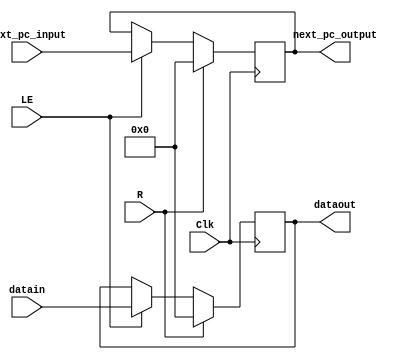
//Pipelined Register IF/ID
module Pipelined_Register_IF_ID_F4(output reg [31:0] dataout, next_pc_output, input [31:0] datain, next_pc_input, input Clk, R, LE);

    always@(posedge Clk) 
    if (R) begin
            dataout <= 32'b00000000000000000000000000000000;
            next_pc_output <= 32'b00000000000000000000000000000000;
        end
        else if(LE) begin
            dataout <= datain;
            next_pc_output <= next_pc_input;
        end
endmodule

//Pipelined Register ID/EX
module Pipelined_Register_ID_EX_F4(
    output reg [31:0] mux_up_output,
                      mux_center_output,
                      mux_down_output,
    output reg [11:0] I_11_0_output,
    output reg [3:0] EX_ALU_op_out,
                     I_15_12_output,
    output reg [2:0] EX_27_25_output,
    output reg [1:0] EX_size_out,
    output reg EX_shift_imm_out, 
           EX_load_instr_out, 
           EX_RF_enable_out,
           EX_R_W_out,
           EX_EN_MEM_out,
           EX_ALU_flags_out, 
    input [31:0] mux_up_input,
                 mux_center_input,
                 mux_down_input,
    input [11:0] I_11_0_input,
    input [3:0] ID_ALU_op_in,
                I_15_12_input,
    input [2:0] ID_27_25_input,
    input [1:0] ID_size_in,
    input ID_shift_imm_in, 
          ID_load_instr_in, 
          ID_RF_enable_in,
          ID_R_W_in,
          ID_EN_MEM_in,
          ID_ALU_flags_in, 
          ID_EX_Clk, 
          ID_EX_R);

    always@(posedge ID_EX_Clk) begin

    if(ID_EX_R) begin
        mux_up_output <= 32'b00000000000000000000000000000000;
        mux_center_output <= 32'b00000000000000000000000000000000;
        mux_down_output <= 32'b00000000000000000000000000000000;
        I_11_0_output <= 12'b000000000000;
        I_15_12_output <= 4'b0000;
        EX_27_25_output <= 4'b0000;
        EX_ALU_op_out <= 4'b0000;
        EX_shift_imm_out <= 1'b0; 
        EX_load_instr_out <= 1'b0;
        EX_RF_enable_out <= 1'b0;
        EX_size_out <= 2'b00;
        EX_R_W_out <= 1'b0;
        EX_EN_MEM_out <= 1'b0;
        EX_ALU_flags_out <= 1'b0;
        end
    else begin
        mux_up_output <=mux_up_input;
        mux_center_output <= mux_center_input;
        mux_down_output <= mux_down_input;
        I_11_0_output <= I_11_0_input;
        I_15_12_output <= I_15_12_input;
        EX_27_25_output <= ID_27_25_input;
        EX_ALU_op_out <= ID_ALU_op_in;
        EX_shift_imm_out <= ID_shift_imm_in; 
        EX_load_instr_out <= ID_load_instr_in;
        EX_RF_enable_out <= ID_RF_enable_in;
        EX_size_out <= ID_size_in;
        EX_R_W_out <= ID_R_W_in;
        EX_EN_MEM_out <= ID_EN_MEM_in;
        EX_ALU_flags_out <= ID_ALU_flags_in;
        end
    end
endmodule

//Pipelined Register EX/MEM
module Pipelined_Register_EX_MEM_F4(
    output reg[31:0] MEM_mux_down_output,
                     MEM_ALU_out_output,
    output reg[3:0] MEM_I15_12_output,
    output reg[1:0] MEM_size_out,
    output reg MEM_load_instr_out, 
           MEM_RW_out,
           MEM_RF_enable_out, 
           MEM_EN_MEM_out,
    input [31:0] EX_mux_down_input,
                 MEM_ALU_out_input,
    input [3:0] EX_I15_12_input,
    input [1:0] EX_size_in,
    input  EX_load_instr_in,
           EX_RW_in, 
           EX_RF_enable_in, 
           EX_EN_MEM_in,
           Clk, 
           R);

    always@(posedge Clk) begin

        if(R) begin
            MEM_mux_down_output <= 32'b00000000000000000000000000000000;
            MEM_ALU_out_output <= 32'b00000000000000000000000000000000;
            MEM_I15_12_output <= 4'b0000;
            MEM_load_instr_out <= 1'b0;
            MEM_RF_enable_out <= 1'b0;
            MEM_size_out <= 2'b00;
            MEM_EN_MEM_out <= 1'b0;
            MEM_RW_out <= 1'b0;
        end
        else begin
            MEM_mux_down_output <= EX_mux_down_input;
            MEM_ALU_out_output <= MEM_ALU_out_input;
            MEM_I15_12_output <= EX_I15_12_input;
            MEM_load_instr_out <= EX_load_instr_in;
            MEM_RF_enable_out <= EX_RF_enable_in;
            MEM_size_out <= EX_size_in;
            MEM_EN_MEM_out <= EX_EN_MEM_in;
            MEM_RW_out <= EX_RW_in;
        end
    end
endmodule

//Pipelined Register MEM/WB
module Pipelined_Register_MEM_WB_F4(
    output reg[31:0] Mem_output_data_mem_out,
                     MEM_out_ALU_output,
    output reg[3:0] MEM_I_15_12_output,
    output reg WB_load_instr_out, 
           WB_RF_enable_out, 
    input [31:0] Mem_input_data_mem_out,
                 Mem_in_address,
    input [3:0] MEM_I_15_12_input,
    input  MEM_load_instr_in, 
           MEM_RF_enable_in, 
           MEM_WB_Clk, 
           MEM_WB_R);

    always@(posedge MEM_WB_Clk) begin

        if(MEM_WB_R) begin
                Mem_output_data_mem_out <= 32'b00000000000000000000000000000000;
                MEM_out_ALU_output <= 32'b00000000000000000000000000000000;
                MEM_I_15_12_output <= 4'b0000;
                WB_load_instr_out <= 1'b0;
                WB_RF_enable_out <= 1'b0;
            end
        else
            begin
                Mem_output_data_mem_out <= Mem_input_data_mem_out;
                MEM_out_ALU_output <= Mem_in_address;
                MEM_I_15_12_output <= MEM_I_15_12_input;
                WB_load_instr_out <= MEM_load_instr_in;
                WB_RF_enable_out <= MEM_RF_enable_in;
            end
    end
endmodule


//PIPELINED REGISTERS FOR FASE 3
// Pipelined Register IF/ID
module Pipelined_Register_IF_ID_F3(output reg [31:0] dataout, input [31:0] datain, input IF_ID_Clk, IF_ID_R);

    always@(posedge IF_ID_Clk) 
        if (IF_ID_R) 
            dataout <= 32'b00000000000000000000000000000000;
        else 
            dataout <= datain;
endmodule

//Pipelined Register ID/EX
module Pipelined_Register_ID_EX_F3(
    output reg [3:0] EX_ALU_op_out, 
    output reg [1:0] EX_size_out,
    output reg EX_shift_imm_out, 
           EX_load_instr_out, 
           EX_RF_enable_out,
           EX_R_W_out,
           EX_EN_MEM_out,
           EX_ALU_flags_out, 
    input [3:0] ID_ALU_op_in,
    input [1:0] ID_size_in,
    input ID_shift_imm_in, 
          ID_load_instr_in, 
          ID_RF_enable_in,
          ID_R_W_in,
          ID_EN_MEM_in,
          ID_ALU_flags_in, 
          ID_EX_Clk, 
          ID_EX_R);

    always@(posedge ID_EX_Clk) begin

    if(ID_EX_R) begin
        EX_ALU_op_out <= 4'b0000;
        EX_shift_imm_out <= 1'b0; 
        EX_load_instr_out <= 1'b0;
        EX_RF_enable_out <= 1'b0;
        EX_size_out <= 2'b00;
        EX_R_W_out <= 1'b0;
        EX_EN_MEM_out <= 1'b0;
        EX_ALU_flags_out <= 1'b0;
        end
    else begin
        EX_ALU_op_out <= ID_ALU_op_in;
        EX_shift_imm_out <= ID_shift_imm_in; 
        EX_load_instr_out <= ID_load_instr_in;
        EX_RF_enable_out <= ID_RF_enable_in;
        EX_size_out <= ID_size_in;
        EX_R_W_out <= ID_R_W_in;
        EX_EN_MEM_out <= ID_EN_MEM_in;
        EX_ALU_flags_out <= ID_ALU_flags_in;
        end
    end
endmodule

//Pipelined Register EX/MEM
module Pipelined_Register_EX_MEM_F3(
    output reg[1:0] MEM_size_out,
    output reg MEM_load_instr_out, 
           MEM_RW_out,
           MEM_RF_enable_out, 
           MEM_EN_MEM_out,
    input [1:0] EX_size_in,
    input  EX_load_instr_in,
           EX_RW_in, 
           EX_RF_enable_in, 
           EX_EN_MEM_in,
           EX_MEM_Clk, 
           EX_MEM_R);

    always@(posedge EX_MEM_Clk) begin

        if(EX_MEM_R) begin
            MEM_load_instr_out <= 1'b0;
            MEM_RF_enable_out <= 1'b0;
            MEM_size_out <= 2'b00;
            MEM_EN_MEM_out <= 1'b0;
            MEM_RW_out <= 1'b0;
        end
        else begin
            MEM_load_instr_out <= EX_load_instr_in;
            MEM_RF_enable_out <= EX_RF_enable_in;
            MEM_size_out <= EX_size_in;
            MEM_EN_MEM_out <= EX_EN_MEM_in;
            MEM_RW_out <= EX_RW_in;
        end
    end
endmodule

//Pipelined Register MEM/WB
module Pipelined_Register_MEM_WB_F3(
    output reg WB_load_instr_out, 
           WB_RF_enable_out, 
    input  MEM_load_instr_in, 
           MEM_RF_enable_in, 
           MEM_WB_Clk, 
           MEM_WB_R);

    always@(posedge MEM_WB_Clk) begin

        if(MEM_WB_R) begin
                WB_load_instr_out <= 1'b0;
                WB_RF_enable_out <= 1'b0;
            end
        else
            begin
                WB_load_instr_out <= MEM_load_instr_in;
                WB_RF_enable_out <= MEM_RF_enable_in;
            end
    end
endmodule